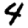
Digit: 4